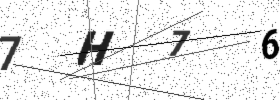
Text: 7H76